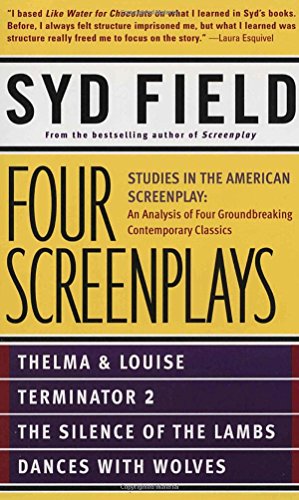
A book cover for Four Screenplays: Studies in the American Screenplay; Syd Field; Humor & Entertainment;